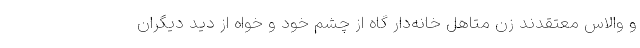
و والاس معتقدند زن متاهل خانه‌دار گاه از چشم خود و خواه از دید دیگران